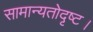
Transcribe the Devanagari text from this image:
सामान्यतोदृष्ट।